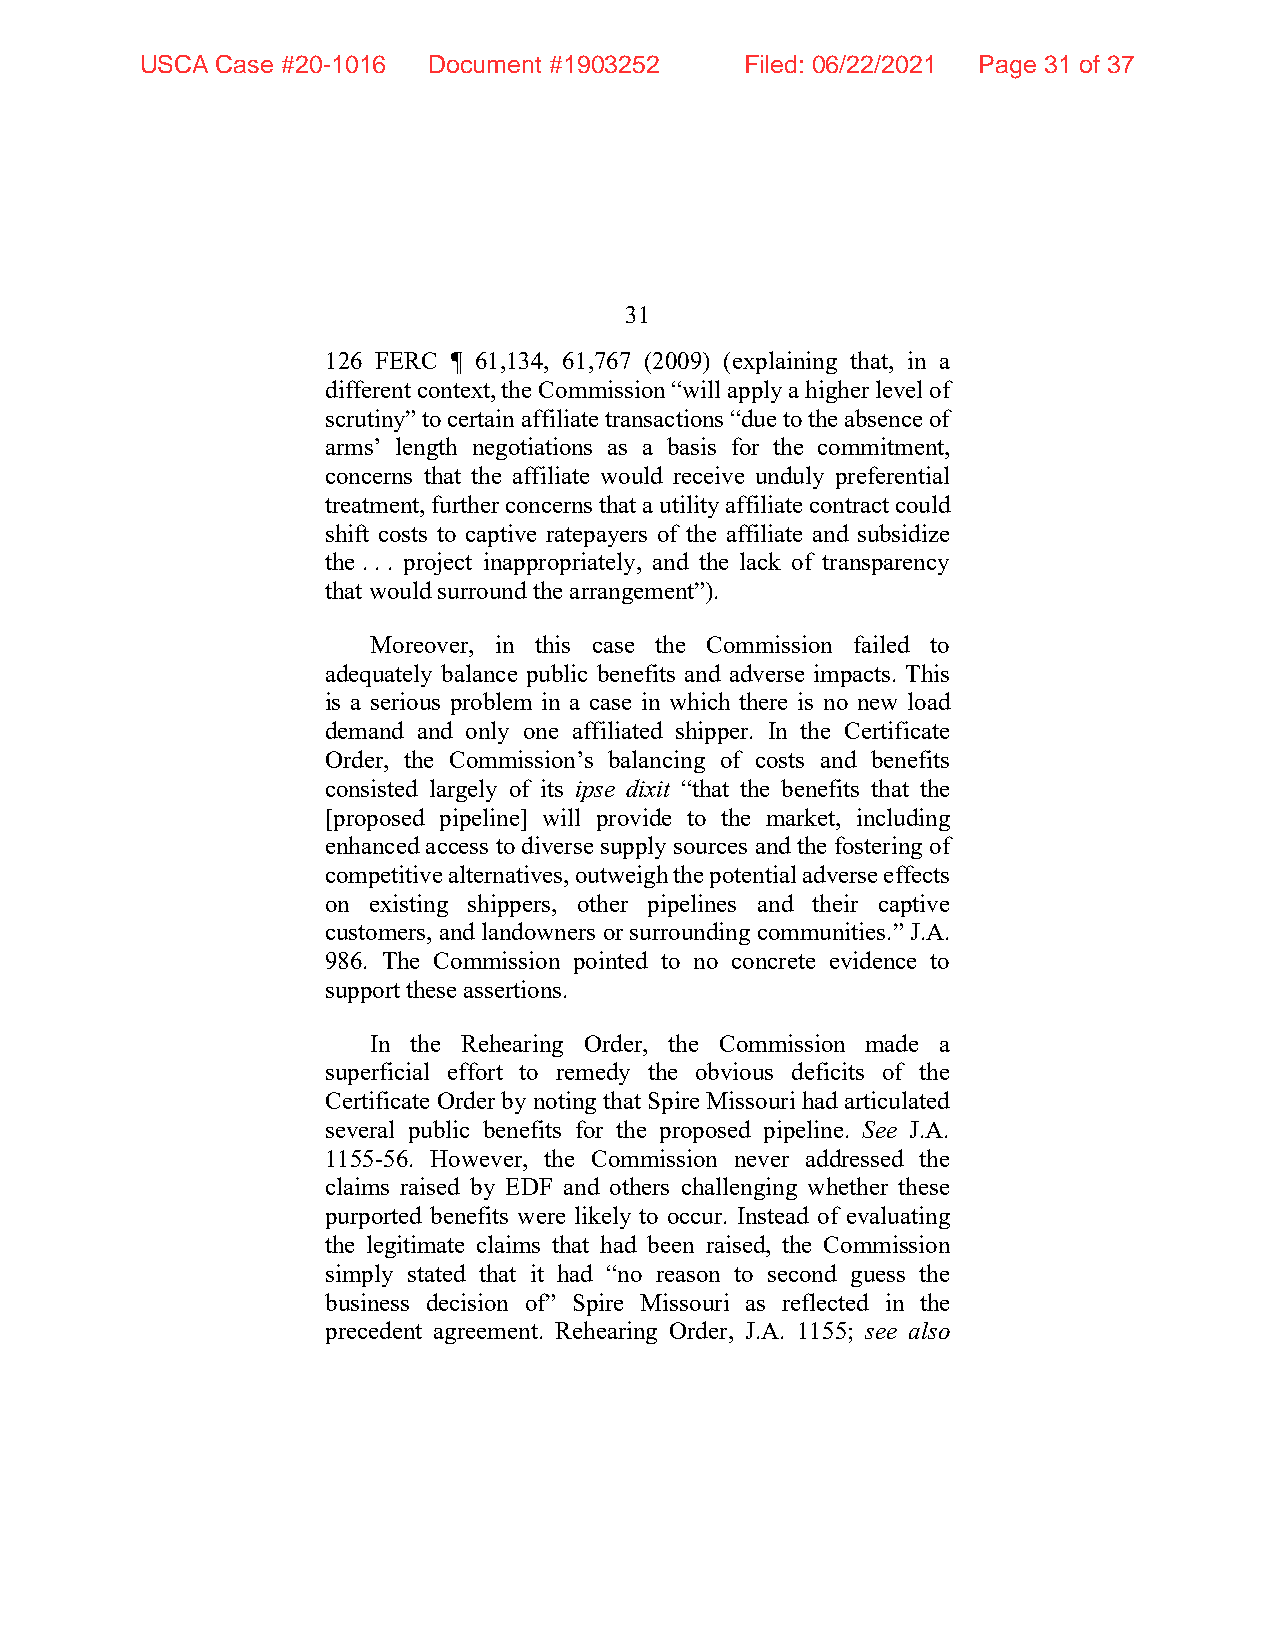
USCA Case #20-1016 Document #1903252    Filed: 06/22/2021 Page 31 of 37
 31
 126 FERC ¶ 61,134, 61,767 (2009) (explaining that, in a
 different context, the Commission “will apply a higher level of
 scrutiny” to certain affiliate transactions “due to the absence of
 arms’ length negotiations as a basis for the commitment,
 concerns that the affiliate would receive unduly preferential
 treatment, further concerns that a utility affiliate contract could
 shift costs to captive ratepayers of the affiliate and subsidize
 the . . . project inappropriately, and the lack of transparency
 that would surround the arrangement”).
 Moreover, in this case the Commission failed to
 adequately balance public benefits and adverse impacts. This
 is a serious problem in a case in which there is no new load
 demand and only one affiliated shipper. In the Certificate
 Order, the Commission’s balancing of costs and benefits
 consisted largely of its ipse dixit “that the benefits that the
 [proposed pipeline] will provide to the market, including
 enhanced access to diverse supply sources and the fostering of
 competitive alternatives, outweigh the potential adverse effects
 on existing shippers, other pipelines and their captive
 customers, and landowners or surrounding communities.” J.A.
 986. The Commission pointed to no concrete evidence to
 support these assertions.
 In the Rehearing Order, the Commission made a
 superficial effort to remedy the obvious deficits of the
 Certificate Order by noting that Spire Missouri had articulated
 several public benefits for the proposed pipeline. See J.A.
 1155-56. However, the Commission never addressed the
 claims raised by EDF and others challenging whether these
 purported benefits were likely to occur. Instead of evaluating
 the legitimate claims that had been raised, the Commission
 simply stated that it had “no reason to second guess the
 business decision of” Spire Missouri as reflected in the
 precedent agreement. Rehearing Order, J.A. 1155; see also